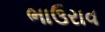
ભાઉરાવ